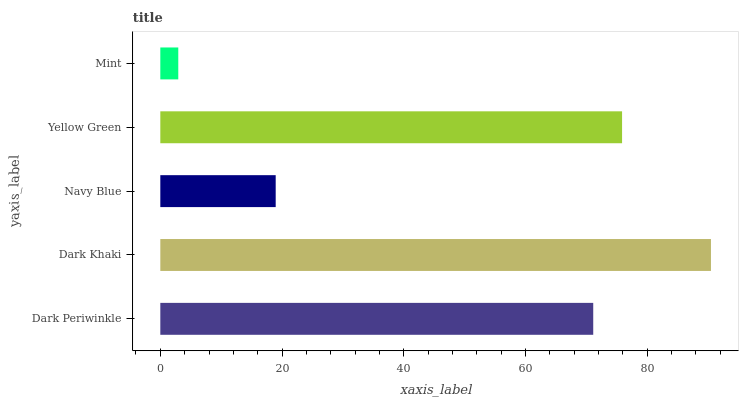
| yaxis_label | bars |
 | --- | --- |
 | Dark Periwinkle | 71.1 |
 | Dark Khaki | 90.5 |
 | Navy Blue | 19 |
 | Yellow Green | 75.9 |
 | Mint | 2.95 |